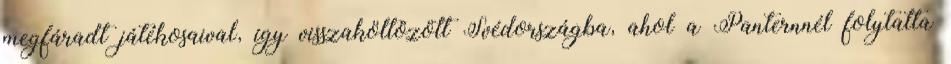
megfáradt játékosaival, így visszaköltözött Svédországba, ahol a Panternnél folytatta